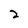
Character: 2